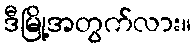
ဒီမြို့အတွက်လား။